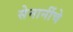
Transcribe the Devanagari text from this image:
सेनानींचे